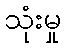
သုံးမှု